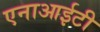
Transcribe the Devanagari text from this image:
एनाआईटी